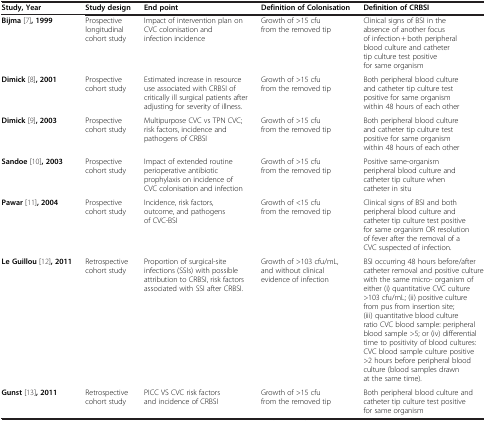
| Study, Year | Study design | End point | Definition of Colonisation | Definition of CRBSI |
 | --- | --- | --- | --- | --- |
 | Bijma[7], 1999 | Prospective longitudinal cohort study | Impact of intervention plan on CVC colonisation and infection incidence | Growth of >15 cfu from the removed tip | Clinical signs of BSI in the absence of another focus of infection + both peripheral blood culture and catheter tip culture test positive for same organism |
 | Dimick[8], 2001 | Prospective cohort study | Estimated increase in resource use associated with CRBSI of critically ill surgical patients after adjusting for severity of illness. | Growth of >15 cfu from the removed tip | Both peripheral blood culture and catheter tip culture test positive for same organism within 48 hours of each other |
 | Dimick[9], 2003 | Prospective cohort study | Multipurpose CVC vs TPN CVC; risk factors, incidence and pathogens of CRBSI | Growth of >15 cfu from the removed tip | Both peripheral blood culture and catheter tip culture test positive for same organism within 48 hours of each other |
 | Sandoe[10], 2003 | Prospective cohort study | Impact of extended routine perioperative antibiotic prophylaxis on incidence of CVC colonisation and infection | Growth of >15 cfu from the removed tip | Positive same-organism peripheral blood culture and catheter tip culture when catheter in situ |
 | Pawar[11], 2004 | Prospective cohort study | Incidence, risk factors, outcome, and pathogens of CVC-BSI | Growth of <15 cfu from the removed tip | Clinical signs of BSI and both peripheral blood culture and catheter tip culture test positive for same organism OR resolution of fever after the removal of a CVC suspected of infection. |
 | Le Guillou[12], 2011 | Retrospective cohort study | Proportion of surgical-site infections (SSIs) with possible attribution to CRBSI, risk factors associated with SSI after CRBSI. | Growth of >103 cfu/mL, and without clinical evidence of infection | BSI occurring 48 hours before/after catheter removal and positive culture with the same micro- organism of either (i) quantitative CVC culture >103 cfu/mL; (ii) positive culture from pus from insertion site; (iii) quantitative blood culture ratio CVC blood sample: peripheral blood sample >5; or (iv) differential time to positivity of blood cultures: CVC blood sample culture positive >2 hours before peripheral blood culture (blood samples drawn at the same time). |
 | Gunst[13], 2011 | Retrospective cohort study | PICC VS CVC risk factors and incidence of CRBSI | Growth of >15 cfu from the removed tip | Both peripheral blood culture and catheter tip culture test positive for same organism |